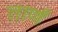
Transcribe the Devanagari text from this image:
तार्णं